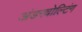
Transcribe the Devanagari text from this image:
अंडरवोल्टिंग